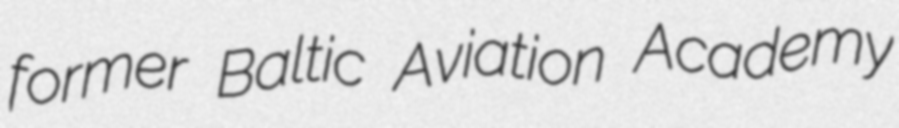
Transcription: former Baltic Aviation Academy